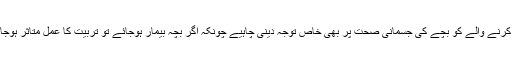
تربیّت کرنے والے کو بچے کی جسمانی صحت پر بھی خاص توجہ دینی چاہیے چونکہ اگر بچہ بیمار ہوجائے تو تربیّت کا عمل متاثر ہوجائے گا۔